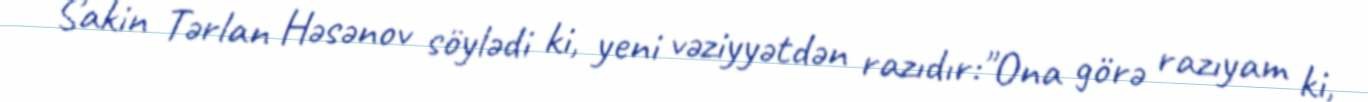
Sakin Tərlan Həsənov söylədi ki, yeni vəziyyətdən razıdır:"Ona görə razıyam ki,